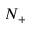
N _ { + }